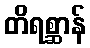
တိရစ္ဆာန်